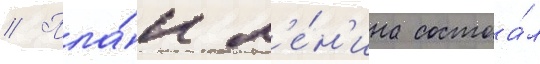
// Пла́н л'е́н'ина состоа́л